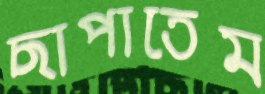
ছাপাতেম